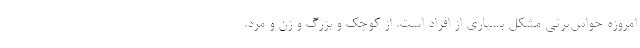
امروزه حواس‌پرتی مشکل بسیاری از افراد است. از کوچک و بزرگ و زن و مرد.